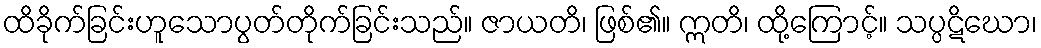
ထိခိုက်ခြင်းဟူသောပွတ်တိုက်ခြင်းသည်။ ဇာယတိ၊ ဖြစ်၏။ ဣတိ၊ ထို့ကြောင့်။ သပ္ပဋိဃော၊